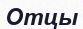
Отцы